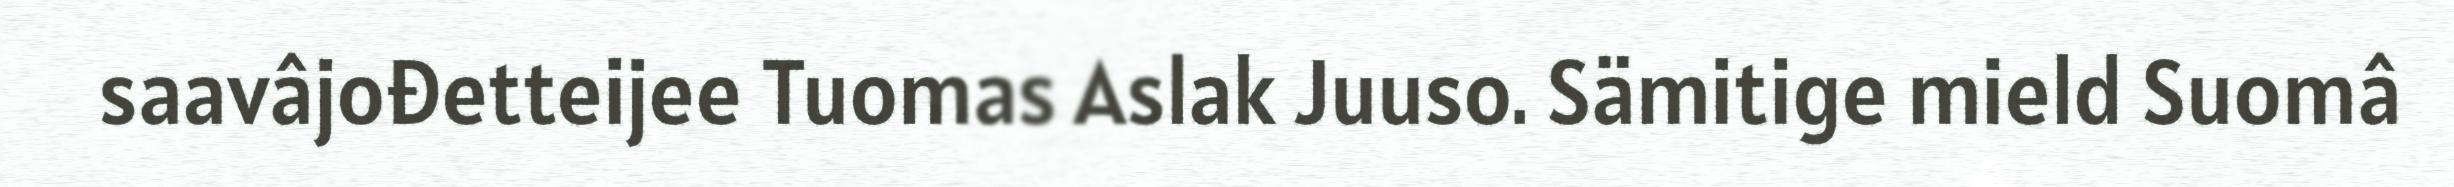
saavâjođetteijee Tuomas Aslak Juuso. Sämitige mield Suomâ